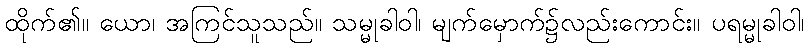
ထိုက်၏။ ယော၊ အကြင်သူသည်။ သမ္မုခါဝါ၊ မျက်မှောက်၌လည်းကောင်း။ ပရမ္မုခါဝါ၊